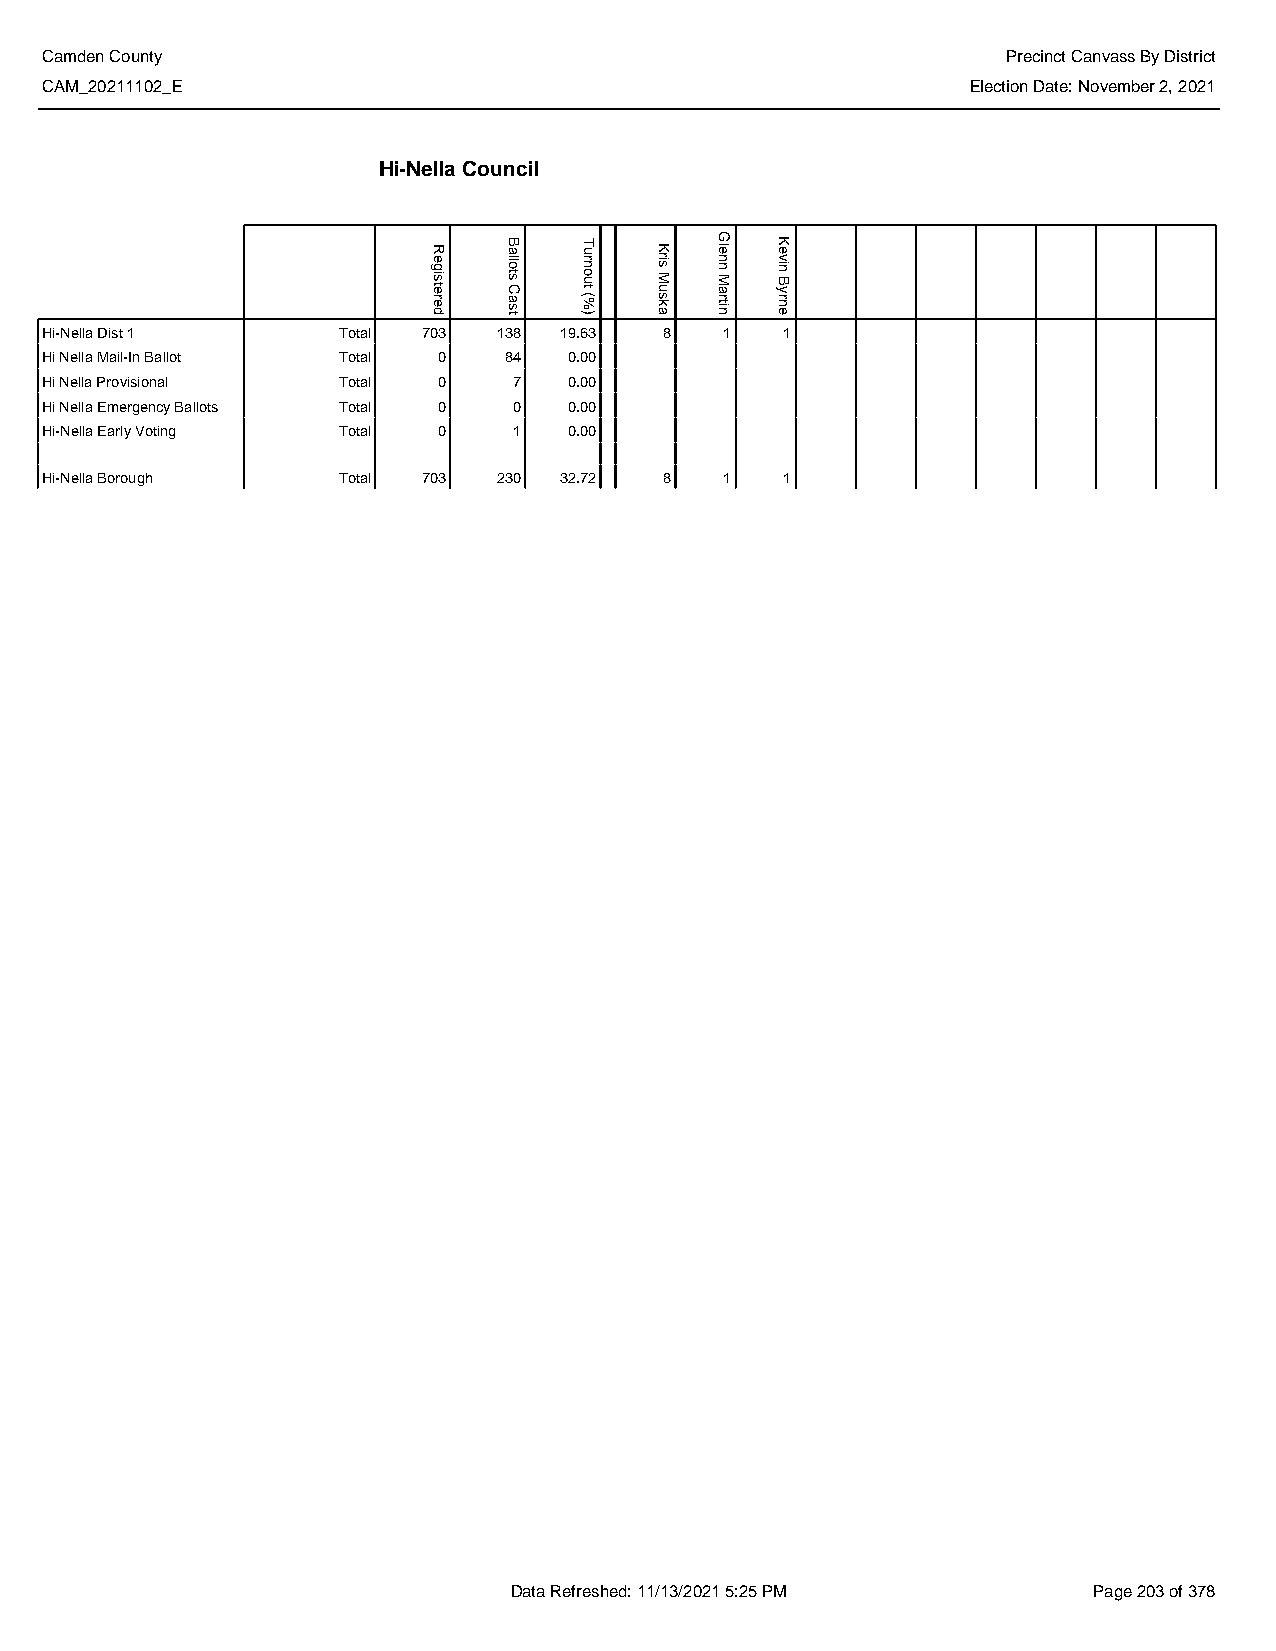
Camden County                                                   Precinct Canvass By District
 CAM_20211102_E                                               Election Date: November 2, 2021
 Hi-Nella Council
 Hi-Nella Dist 1    Total 703  138 19.63  8   1   1
 Hi Nella Mail-In Ballot Total 0 84 0.00
 Hi Nella Provisional Total 0   7   0.00
 Hi Nella Emergency Ballots Total 0 0 0.00
 Hi-Nella Early Voting Total 0  1   0.00
 Hi-Nella Borough   Total 703  230 32.72  8   1   1
 Data Refreshed: 11/13/2021 5:25 PM    Page 203 of 378
 Registered Ballots
 Cast
 Turnout
 (%)
 Kris
 Muska
 Glenn
 Martin
 Kevin
 Byrne